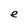
Character: e